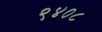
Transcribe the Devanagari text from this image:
९४०८